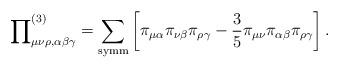
LaTeX: \begin{align*}{\prod }_{\mu \nu \rho ,\alpha \beta \gamma }^{(3)}=\sum_{{\rm symm}}\left[\pi _{\mu \alpha }\pi _{\nu \beta }\pi _{\rho \gamma }-\frac{3}{5}\pi _{\mu\nu }\pi _{\alpha \beta }\pi _{\rho \gamma }\right] .\end{align*}